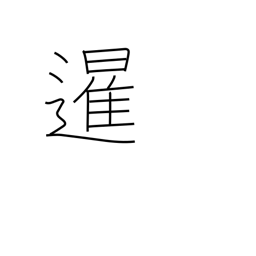
Meaning: sunrise